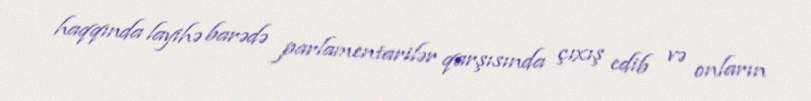
haqqında layihə barədə parlamentarilər qarşısında çıxış edib və onların